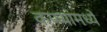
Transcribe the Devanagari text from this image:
कप्प्यांमध्ये